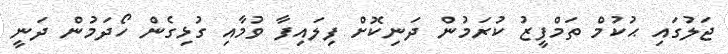
ޖަލުގައި ޙުކުމް ތަމްފީޒު ކުރަމުން ދަނިކޮށް ފިލައިފާ ވުމާއި ގުޅިގެން ހޯދަމުން ދަނީ